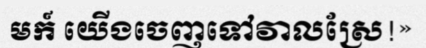
មក៍ យើងចេញទៅវាលស្រែ!»